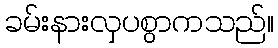
ခမ်းနားလှပစွာကသည်။